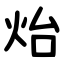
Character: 炲